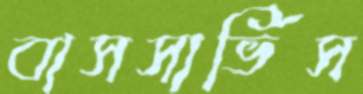
বাসসার্ভিস